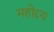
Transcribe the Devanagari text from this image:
महोद्दय